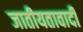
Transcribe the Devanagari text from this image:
जातीयतावादी